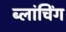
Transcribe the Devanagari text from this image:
ब्लांचिंग